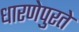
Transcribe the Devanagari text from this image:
धारणेपुरते